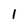
Character: 1